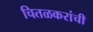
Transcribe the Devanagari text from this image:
चितळकरांची